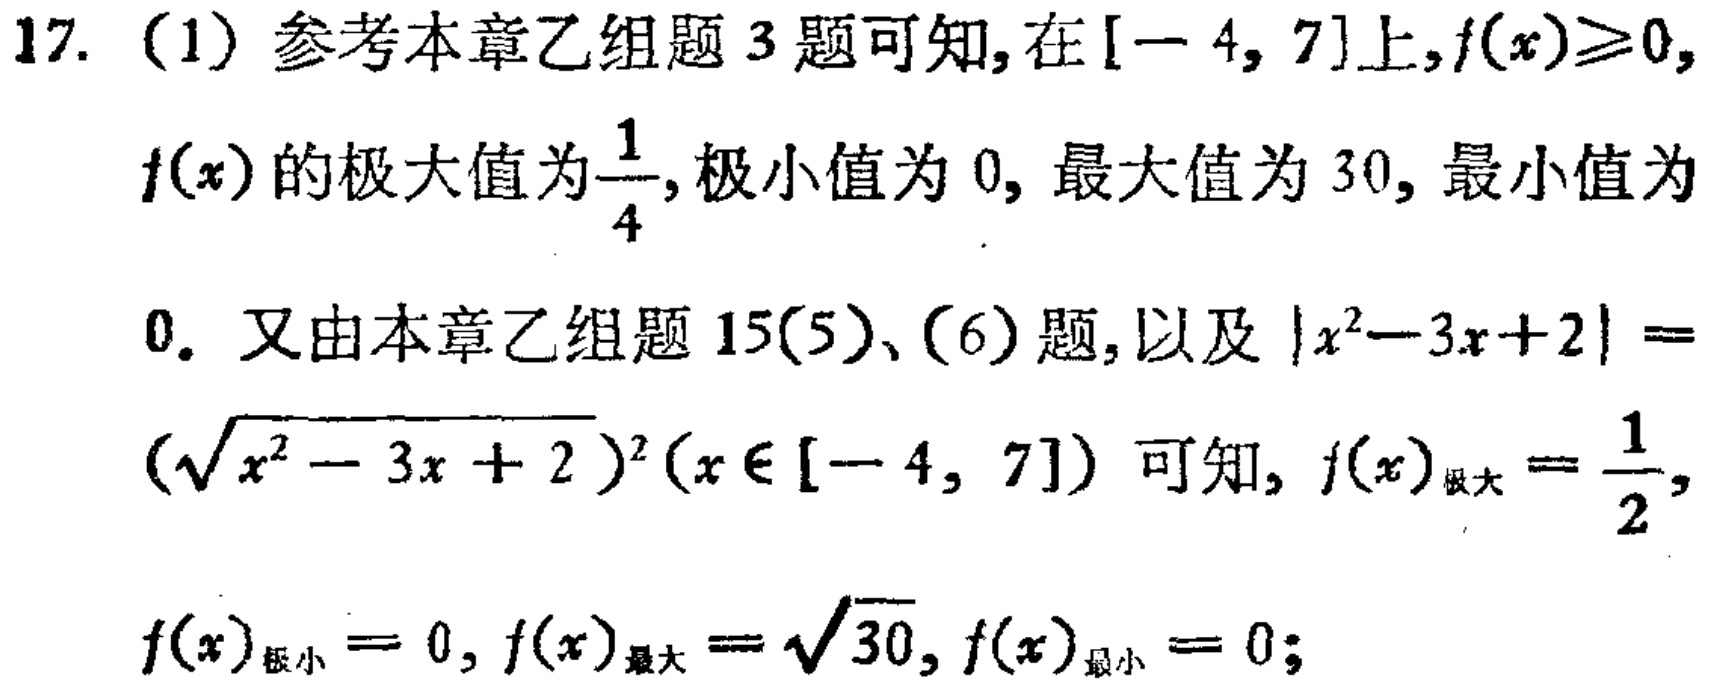
17. （1）参考本章乙组题 3 题可知,在\([-4,7]\)上,\(f(x)\geq0\),
\(f(x)\)的极大值为\(\frac{1}{4}\),极小值为 \(0\),最大值为 \(30\),最小值为
\(0\). 又由本章乙组题 15(5)、(6)题,以及\(\vert x^{2}-3x + 2\vert = (\sqrt{x^{2}-3x + 2})^{2}(x\in[-4,7])\)可知,\(f(x)_{极大}=\frac{1}{2}\),
\(f(x)_{极小}=0\),\(f(x)_{最大}=\sqrt{30}\),\(f(x)_{最小}=0\);